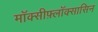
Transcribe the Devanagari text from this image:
मॉक्सीफ़्लॉक्सासिन